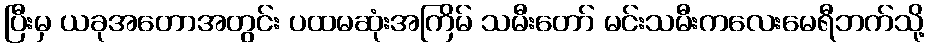
ပြီးမှ ယခုအတောအတွင်း ပထမဆုံးအကြိမ် သမီးတော် မင်းသမီးကလေးမေရီဘက်သို့